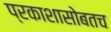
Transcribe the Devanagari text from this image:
प्रकाशासोबतच